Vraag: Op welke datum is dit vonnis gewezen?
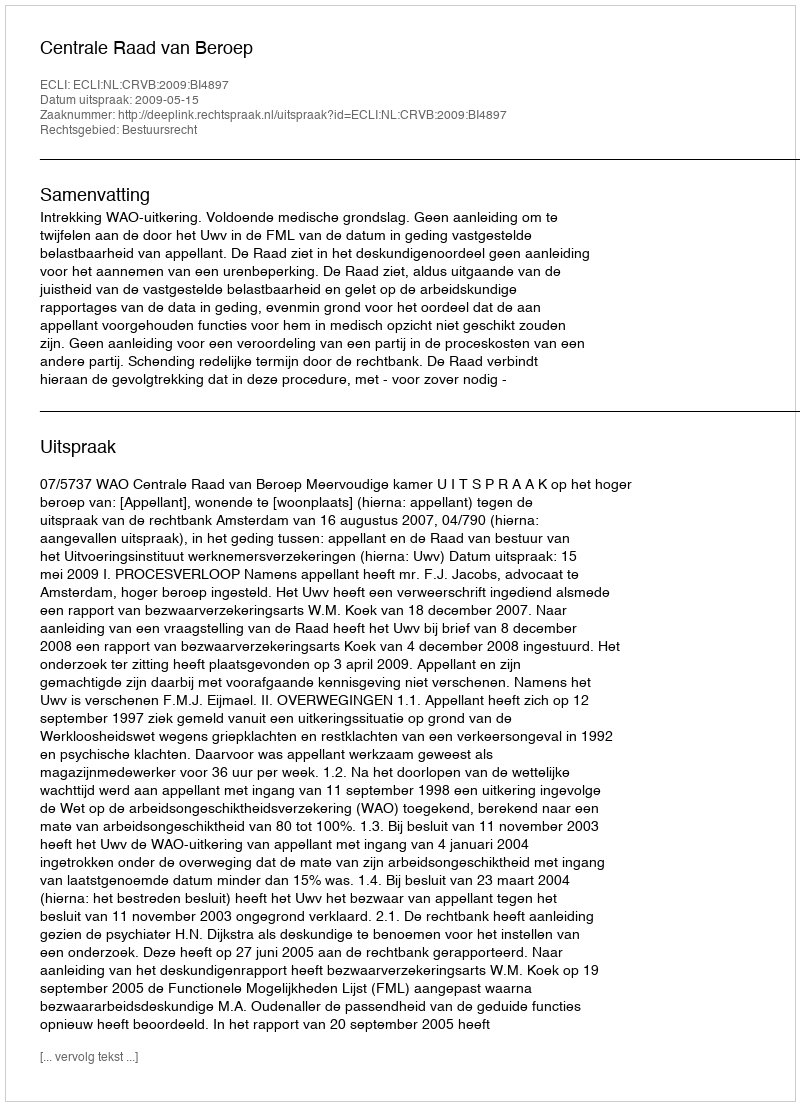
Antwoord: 2009-05-15